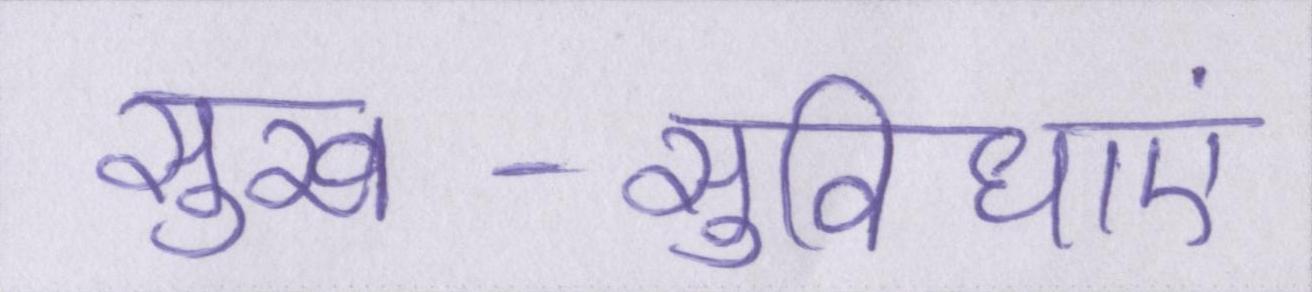
सुख-सुविधाएं